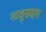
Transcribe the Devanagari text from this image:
मातृसदन